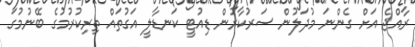
ރާއްޖެ އަށް ގެންނަ މުދަލުން ސަރުކާރުން ޑިއުޓީ ކަނޑާލީ އަގުތައް ތިރިކުރުމުގެ ބޭނުމުގަ